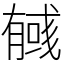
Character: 𢒰